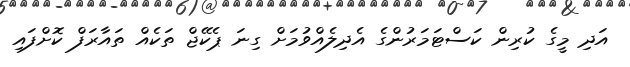
އަދި މީގެ ކުރިން ކަސްޓަމަރުންގެ އެދިލެއްވުމަށް ގިނަ ޕެކޭޖް ތަކެއް ތައާރަފް ކޮށްފައި